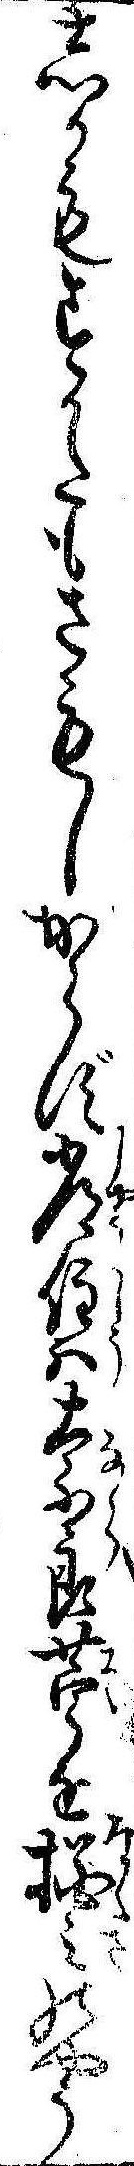
しかもすかたもさもしからず常住は奈良苧をみのやう